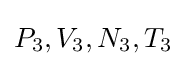
P_{3},V_{3},N_{3},T_{3}